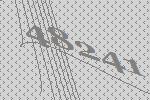
48241